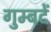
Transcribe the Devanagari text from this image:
गुम्बदें